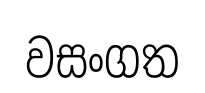
වසංගත